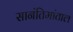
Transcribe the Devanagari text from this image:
सानंतिमांताल